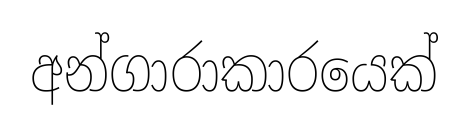
අන්ගාරාකාරයෙක්